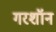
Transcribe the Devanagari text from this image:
गरशॉन